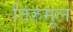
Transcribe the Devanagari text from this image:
तिरुमूल